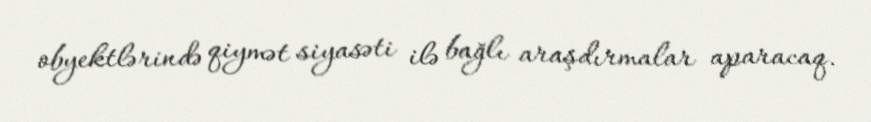
obyektlərində qiymət siyasəti ilə bağlı araşdırmalar aparacaq.